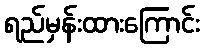
ရည်မှန်းထားကြောင်း